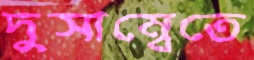
দুসাম্বেতে